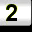
Digit: 2